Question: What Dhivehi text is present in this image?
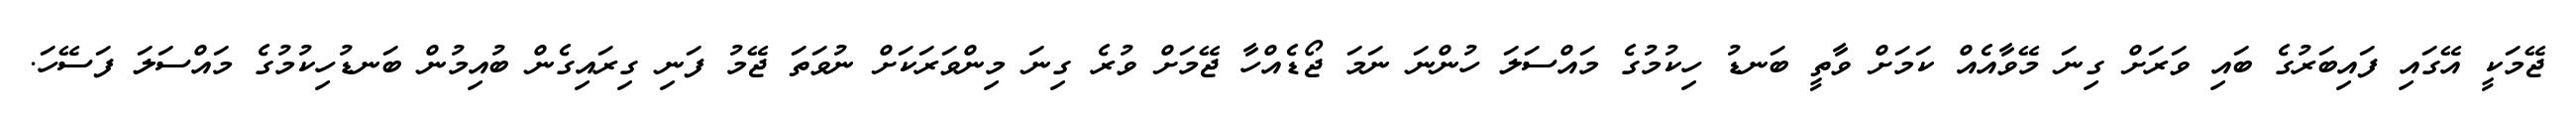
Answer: ޖޭމަކީ އޭގައި ފައިބަރުގެ ބައި ވަރަށް ގިނަ މޭވާއެއް ކަމަށް ވާތީ ބަނޑު ހިކުމުގެ މައްސަލަ ހުންނަ ނަމަ ޖޯޑެއްހާ ޖޭމަށް ވުރެ ގިނަ މިންވަރަކަށް ނުވަތަ ޖޭމު ފަނި ގިރައިގެން ބުއިމުން ބަނޑުހިކުމުގެ މައްސަލަ ފަސޭހަ.